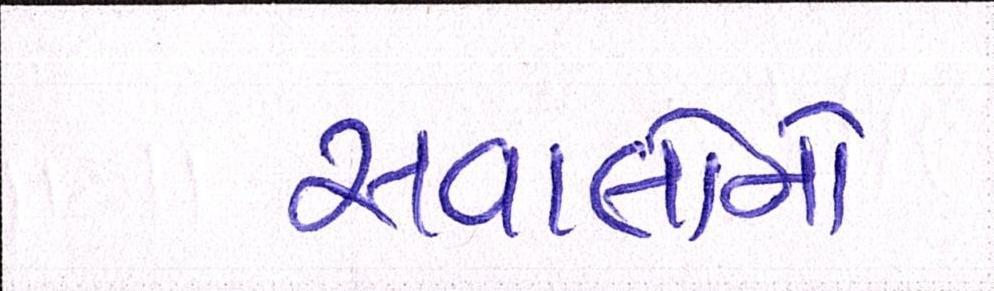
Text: સવાલોનો